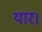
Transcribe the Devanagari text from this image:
यार।